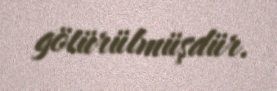
götürülmüşdür.